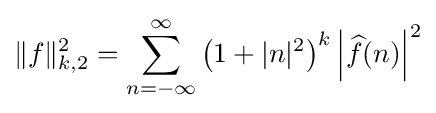
\|f\|_{k,2}^{2}=\sum _{n=-\infty }^{\infty }\left(1+|n|^{2}\right)^{k}\left|{\widehat {f}}(n)\right|^{2}